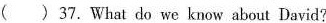
()37.What do we know about David?